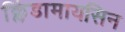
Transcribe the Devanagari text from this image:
क्लिंडामायसिन